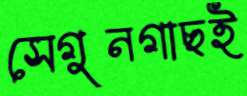
সেগুনগাছই